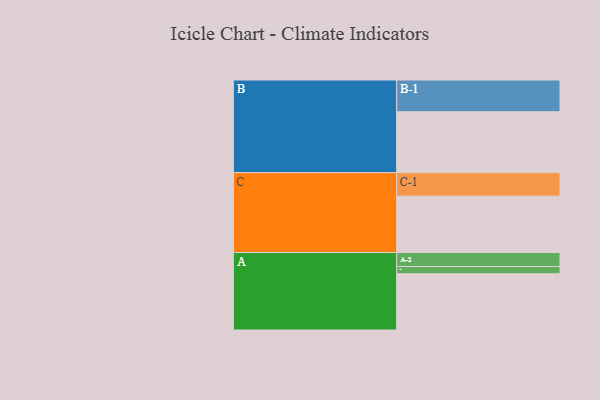
{"axis": {"x": "Segment", "y": "Value"}, "legend": ["", "A", "B", "C"], "data": [{"x": "A", "y": 493, "type": ""}, {"x": "B", "y": 533, "type": ""}, {"x": "C", "y": 494, "type": ""}, {"x": "A-1", "y": 63, "type": "A"}, {"x": "A-2", "y": 122, "type": "A"}, {"x": "B-1", "y": 278, "type": "B"}, {"x": "C-1", "y": 206, "type": "C"}]}